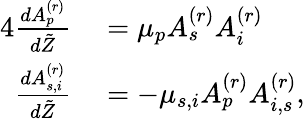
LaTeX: \begin{array}{rl}{{4}\frac{dA_{p}^{(r)}}{d\tilde{Z}}}&{{}=\mu_{p}A_{s}^{(r)}A_{i}^{(r)}}\\ {\frac{dA_{s,i}^{(r)}}{d\tilde{Z}}}&{{}=-\mu_{s,i}A_{p}^{(r)}A_{i,s}^{(r)},}\end{array}